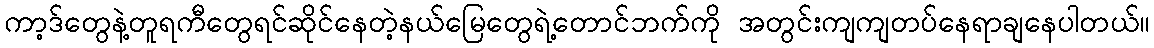
ကာ့ဒ်တွေနဲ့တူရကီတွေရင်ဆိုင်နေတဲ့နယ်မြေတွေရဲ့တောင်ဘက်ကို အတွင်းကျကျတပ်နေရာချနေပါတယ်။